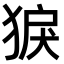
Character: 𤟑